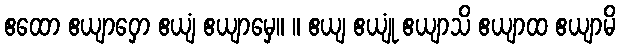
ဧထော ဧယျာဝှော ဧယျံ ဧယျာမှေ။ ။ ဧယျ ဧယျုံ ဧယျာသိ ဧယျာထ ဧယျာမိ